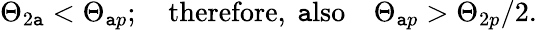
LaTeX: \Theta_{2\mathtt{a}}<\Theta_{\mathtt{a}p};\quad\mathrm{{therefore,~\mathtt{a}lso}}\quad\Theta_{\mathtt{a}p}>\Theta_{2p}/2.